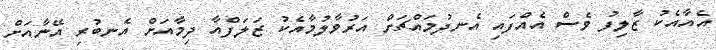
އެއާއެކު ޒާލިފު ވެސް އެއްފައި އެނދުމައްޗަށް އަރުވާލުމާއެކު ޒަލަފްއާ ދިމާއަށް އެނބުރި އޭނާއަށް